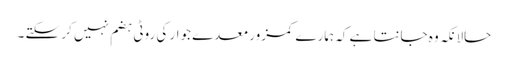
حالانکہ وہ جانتا ہے کہ ہمارے کمزور معدے جوار کی روٹی ہضم نہیں کر سکتے ۔